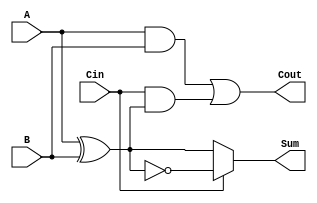
module ConditionalSumFullAdder (
    input  wire A,      // First input bit
    input  wire B,      // Second input bit
    input  wire Cin,    // Carry-in bit
    output wire Sum,    // Resulting sum bit
    output wire Cout    // Carry-out bit
);

// Internal signals
wire AxorB;          // Intermediate sum of A and B
wire AxorB_Cin;     // AxorB with Cin for carry output

// Calculate intermediate values
assign AxorB = A ^ B;                   // A XOR B
assign Sum = (Cin == 1'b0) ? AxorB : ~AxorB;  // Conditional sum based on Cin
assign Cout = (A & B) | (Cin & AxorB);  // Carry output

endmodule